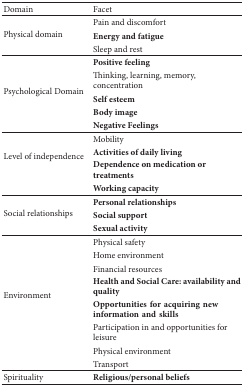
| Domain | Facet |
 | --- | --- |
 | <ROWSPAN=3> Physical domain | Pain and discomfort |
 | Energy and fatigue |
 | Sleep and rest |
 | <ROWSPAN=5> Psychological Domain | Positive feeling |
 | Thinking, learning, memory, concentration |
 | Self esteem |
 | Body image |
 | Negative Feelings |
 | <ROWSPAN=4> Level of independence | Mobility |
 | Activities of daily living |
 | Dependence on medication or treatments |
 | Working capacity |
 | <ROWSPAN=3> Social relationships | Personal relationships |
 | Social support |
 | Sexual activity |
 | <ROWSPAN=8> Environment | Physical safety |
 | Home environment |
 | Financial resources |
 | Health and Social Care: availability and quality |
 | Opportunitiesforacquiringnew informationandskills |
 | Participation in and opportunities for leisure |
 | Physical environment |
 | Transport |
 | Spirituality | Religious/personal beliefs |